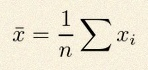
\bar{x}=\frac1n\sum x_i